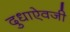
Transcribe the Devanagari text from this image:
दुधाऐवजी